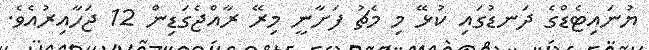
ޔުނައިޓެޑްގެ ދަނޑުގައި ކުޅޭ މި މެޗު ފަށާނީ މިރޭ ރާއްޖެގަޑިން 12 ޖަހާއިރުއެވެ.